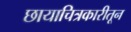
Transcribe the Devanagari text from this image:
छायाचित्रकारीतून